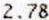
2.78